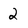
Character: 2